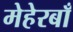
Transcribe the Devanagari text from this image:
मेहेरबाँ